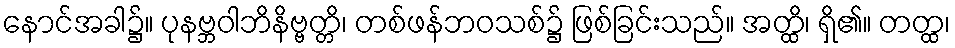
နောင်အခါ၌။ ပုနဗ္ဘဝါဘိနိဗ္ဗတ္တိ၊ တစ်ဖန်ဘဝသစ်၌ ဖြစ်ခြင်းသည်။ အတ္ထိ၊ ရှိ၏။ တတ္ထ၊